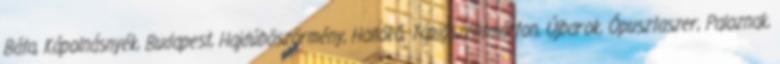
Báta, Kápolnásnyék, Budapest, Hajdúböszörmény, Hollókő, Tápiószentmárton, Újbarok, Ópusztaszer, Paloznak,